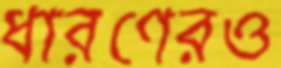
ধারণেরও